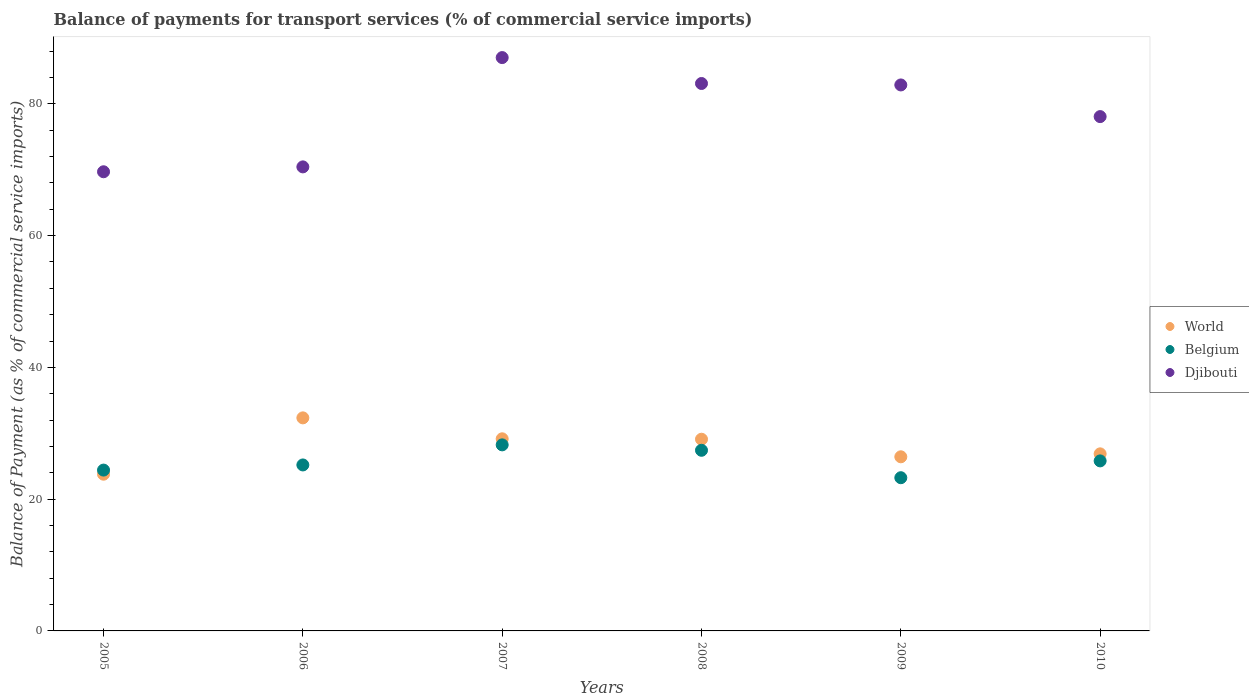
| Years | World | Belgium | Djibouti |
 | --- | --- | --- | --- |
 | 2005 | 23.8 | 24.4 | 69.7 |
 | 2006 | 32.3 | 25.2 | 70.4 |
 | 2007 | 29.2 | 28.2 | 87 |
 | 2008 | 29.1 | 27.4 | 83.1 |
 | 2009 | 26.4 | 23.3 | 82.9 |
 | 2010 | 26.9 | 25.8 | 78.1 |